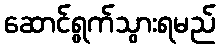
ဆောင်ရွက်သွားရမည်